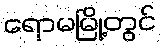
ရောမမြို့တွင်